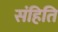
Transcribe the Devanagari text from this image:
संहिति